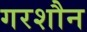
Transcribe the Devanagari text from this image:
गरशौन